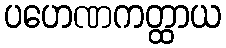
ပဟေဏကတ္ထာယ